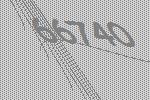
66740